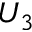
U _ { 3 }